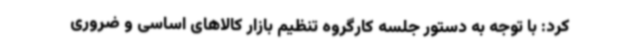
کرد: با توجه به دستور جلسه کارگروه تنظیم بازار کالاهای اساسی و ضروری